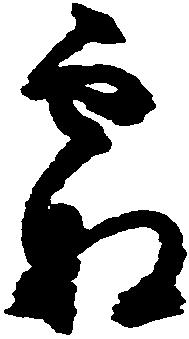
霜